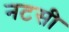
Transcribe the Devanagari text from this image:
नटसी